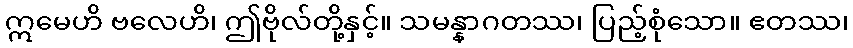
ဣမေဟိ ဗလေဟိ၊ ဤဗိုလ်တို့နှင့်။ သမန္နာဂတဿ၊ ပြည့်စုံသော။ ဧတဿ၊